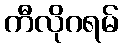
ကီလိုဂရမ်